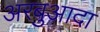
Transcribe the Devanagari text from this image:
अरबुआदा